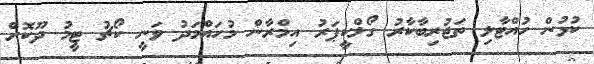
ކުޅުން ހުއްޓާލި ތަޖުރިބާކާރު ގޯލްކީޕަރު އިމްރާން މުހައްމަދު ވަނީ ކޯޗު ޓީމު ދޫކޮށް